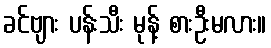
ခင်ဗျား ပန်းသီး မုန့် စားဦးမလား။